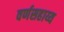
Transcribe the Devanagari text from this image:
वर्णसहाय्य